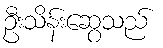
ဦးသိန်းဆွေသည်